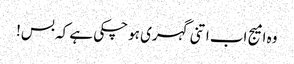
وہ امیج اب اتنی گہری ہو چکی ہے کہ بس!